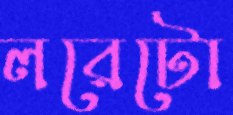
লরেটো